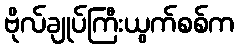
ဗိုလ်ချုပ်ကြီးယွက်စစ်က